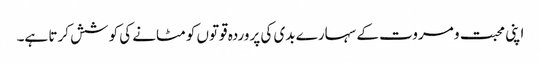
اپنی محبت و مروت کے سہارے بدی کی پروردہ قوتوں کو مٹانے کی کوشش کرتا ہے۔